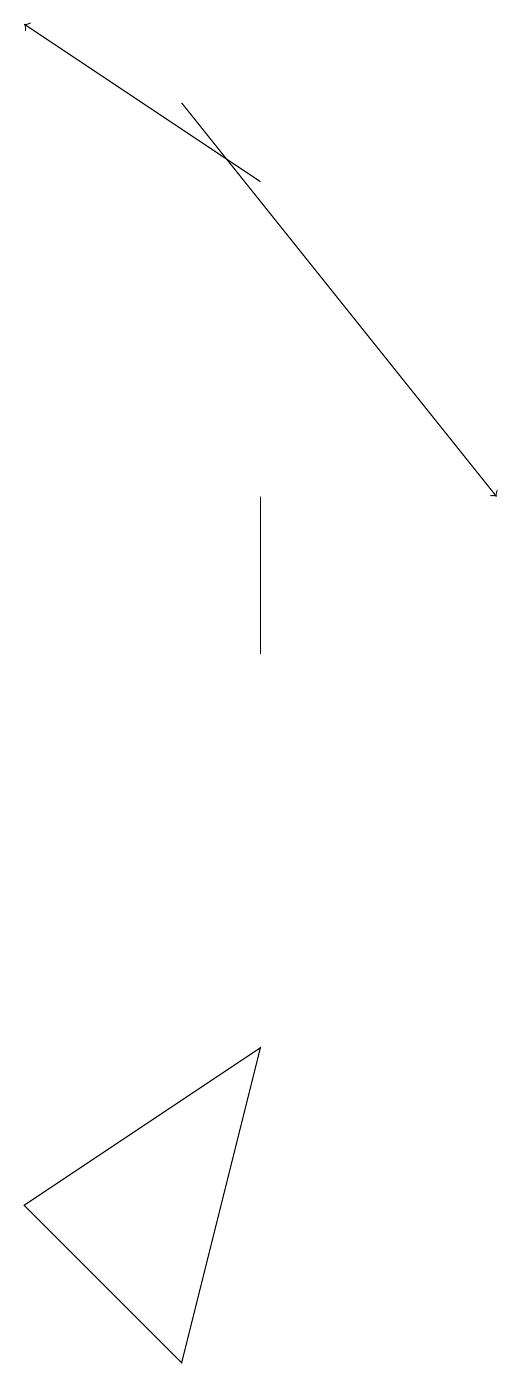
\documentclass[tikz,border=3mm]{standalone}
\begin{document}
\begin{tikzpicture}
\draw (4,13) rectangle (4,11);
\draw[->] (4,17) -- (1,19);
\draw (3,2) -- (1,4) -- (4,6) -- cycle;
\draw[->] (3,18) -- (7,13);
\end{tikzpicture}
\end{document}